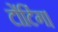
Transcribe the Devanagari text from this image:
टोंटिंग।